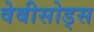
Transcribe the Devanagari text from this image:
वेबीसोड्स